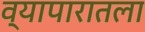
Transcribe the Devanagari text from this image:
व्यापारातला